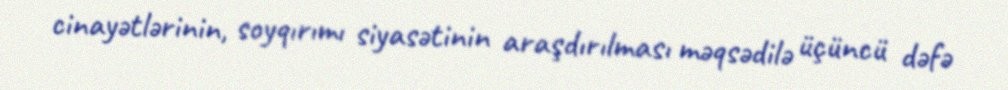
cinayətlərinin, soyqırımı siyasətinin araşdırılması məqsədilə üçüncü dəfə